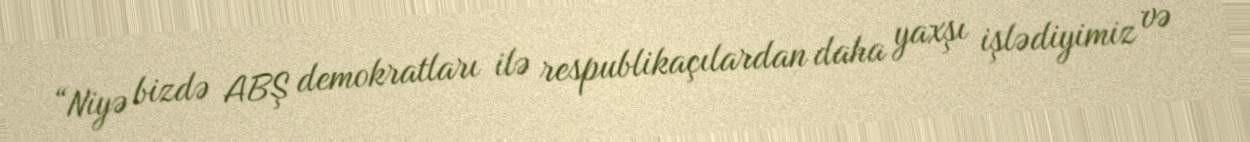
“Niyə bizdə ABŞ demokratları ilə respublikaçılardan daha yaxşı işlədiyimiz və